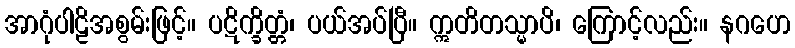
အာဂုံပါဠိအစွမ်းဖြင့်။ ပဋိက္ခိတ္တံ၊ ပယ်အပ်ပြီ။ ဣတိတသ္မာပိ၊ ကြောင့်လည်း။ နဂဟေ